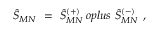
{ \hat { \cal S } } _ { M N } \ = \ { \hat { \cal S } } _ { M N } ^ { ( + ) } \, o p l u s \ { \hat { \cal S } } _ { M N } ^ { ( - ) } \ ,